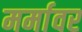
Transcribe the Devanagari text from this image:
मर्मावर